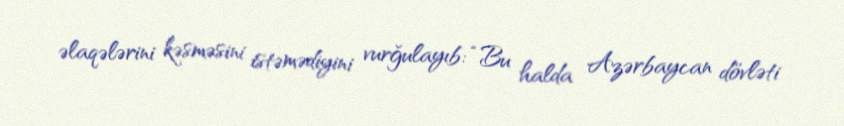
əlaqələrini kəsməsini istəmədiyini vurğulayıb: “Bu halda Azərbaycan dövləti